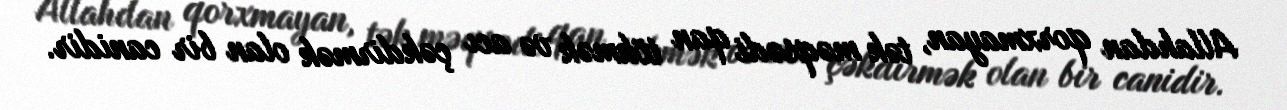
Allahdan qorxmayan, tək məqsədi qan tökmək və acı çəkdirmək olan bir canidir.